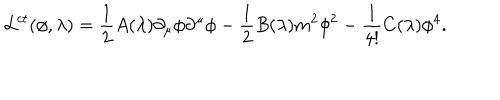
LaTeX: { \cal L } ^ { c t } ( \phi , \lambda ) = { \frac { 1 } { 2 } } A ( \lambda ) \partial _ { \mu } \phi \partial ^ { \mu } \phi - { \frac { 1 } { 2 } } B ( \lambda ) m ^ { 2 } \phi ^ { 2 } - { \frac { 1 } { 4 ! } } C ( \lambda ) \phi ^ { 4 } .